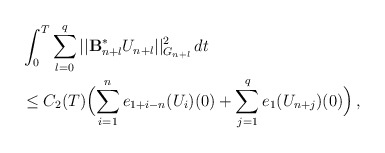
\begin{align*}& \int_0^T \sum_{l=0}^q || \mathcal{\mathbf{B}}_{n+l}^{\ast}U_{n+l}||_{G_{n+l}}^2 \, dt \\&\le C_2(T)\Big(\displaystyle{\sum_{i=1}^n e_{1+i-n}(U_i)(0)} + \sum_{j=1}^q e_1(U_{n+j})(0)\Big)\,,\end{align*}